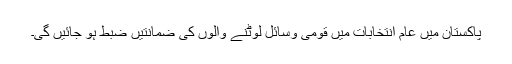
پاکستان میں عام انتخابات میں قومی وسائل لوٹنے والوں کی ضمانتیں ضبط ہو جائیں گی۔